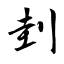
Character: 刲